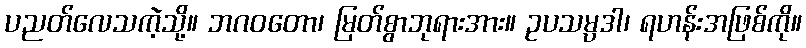
ပညတ်လေသကဲ့သို့။ ဘဂဝတော၊ မြတ်စွာဘုရားအား။ ဥပသမ္ပဒါ၊ ရဟန်းအဖြစ်ကို။